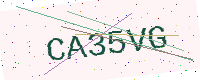
Text: CA35VG